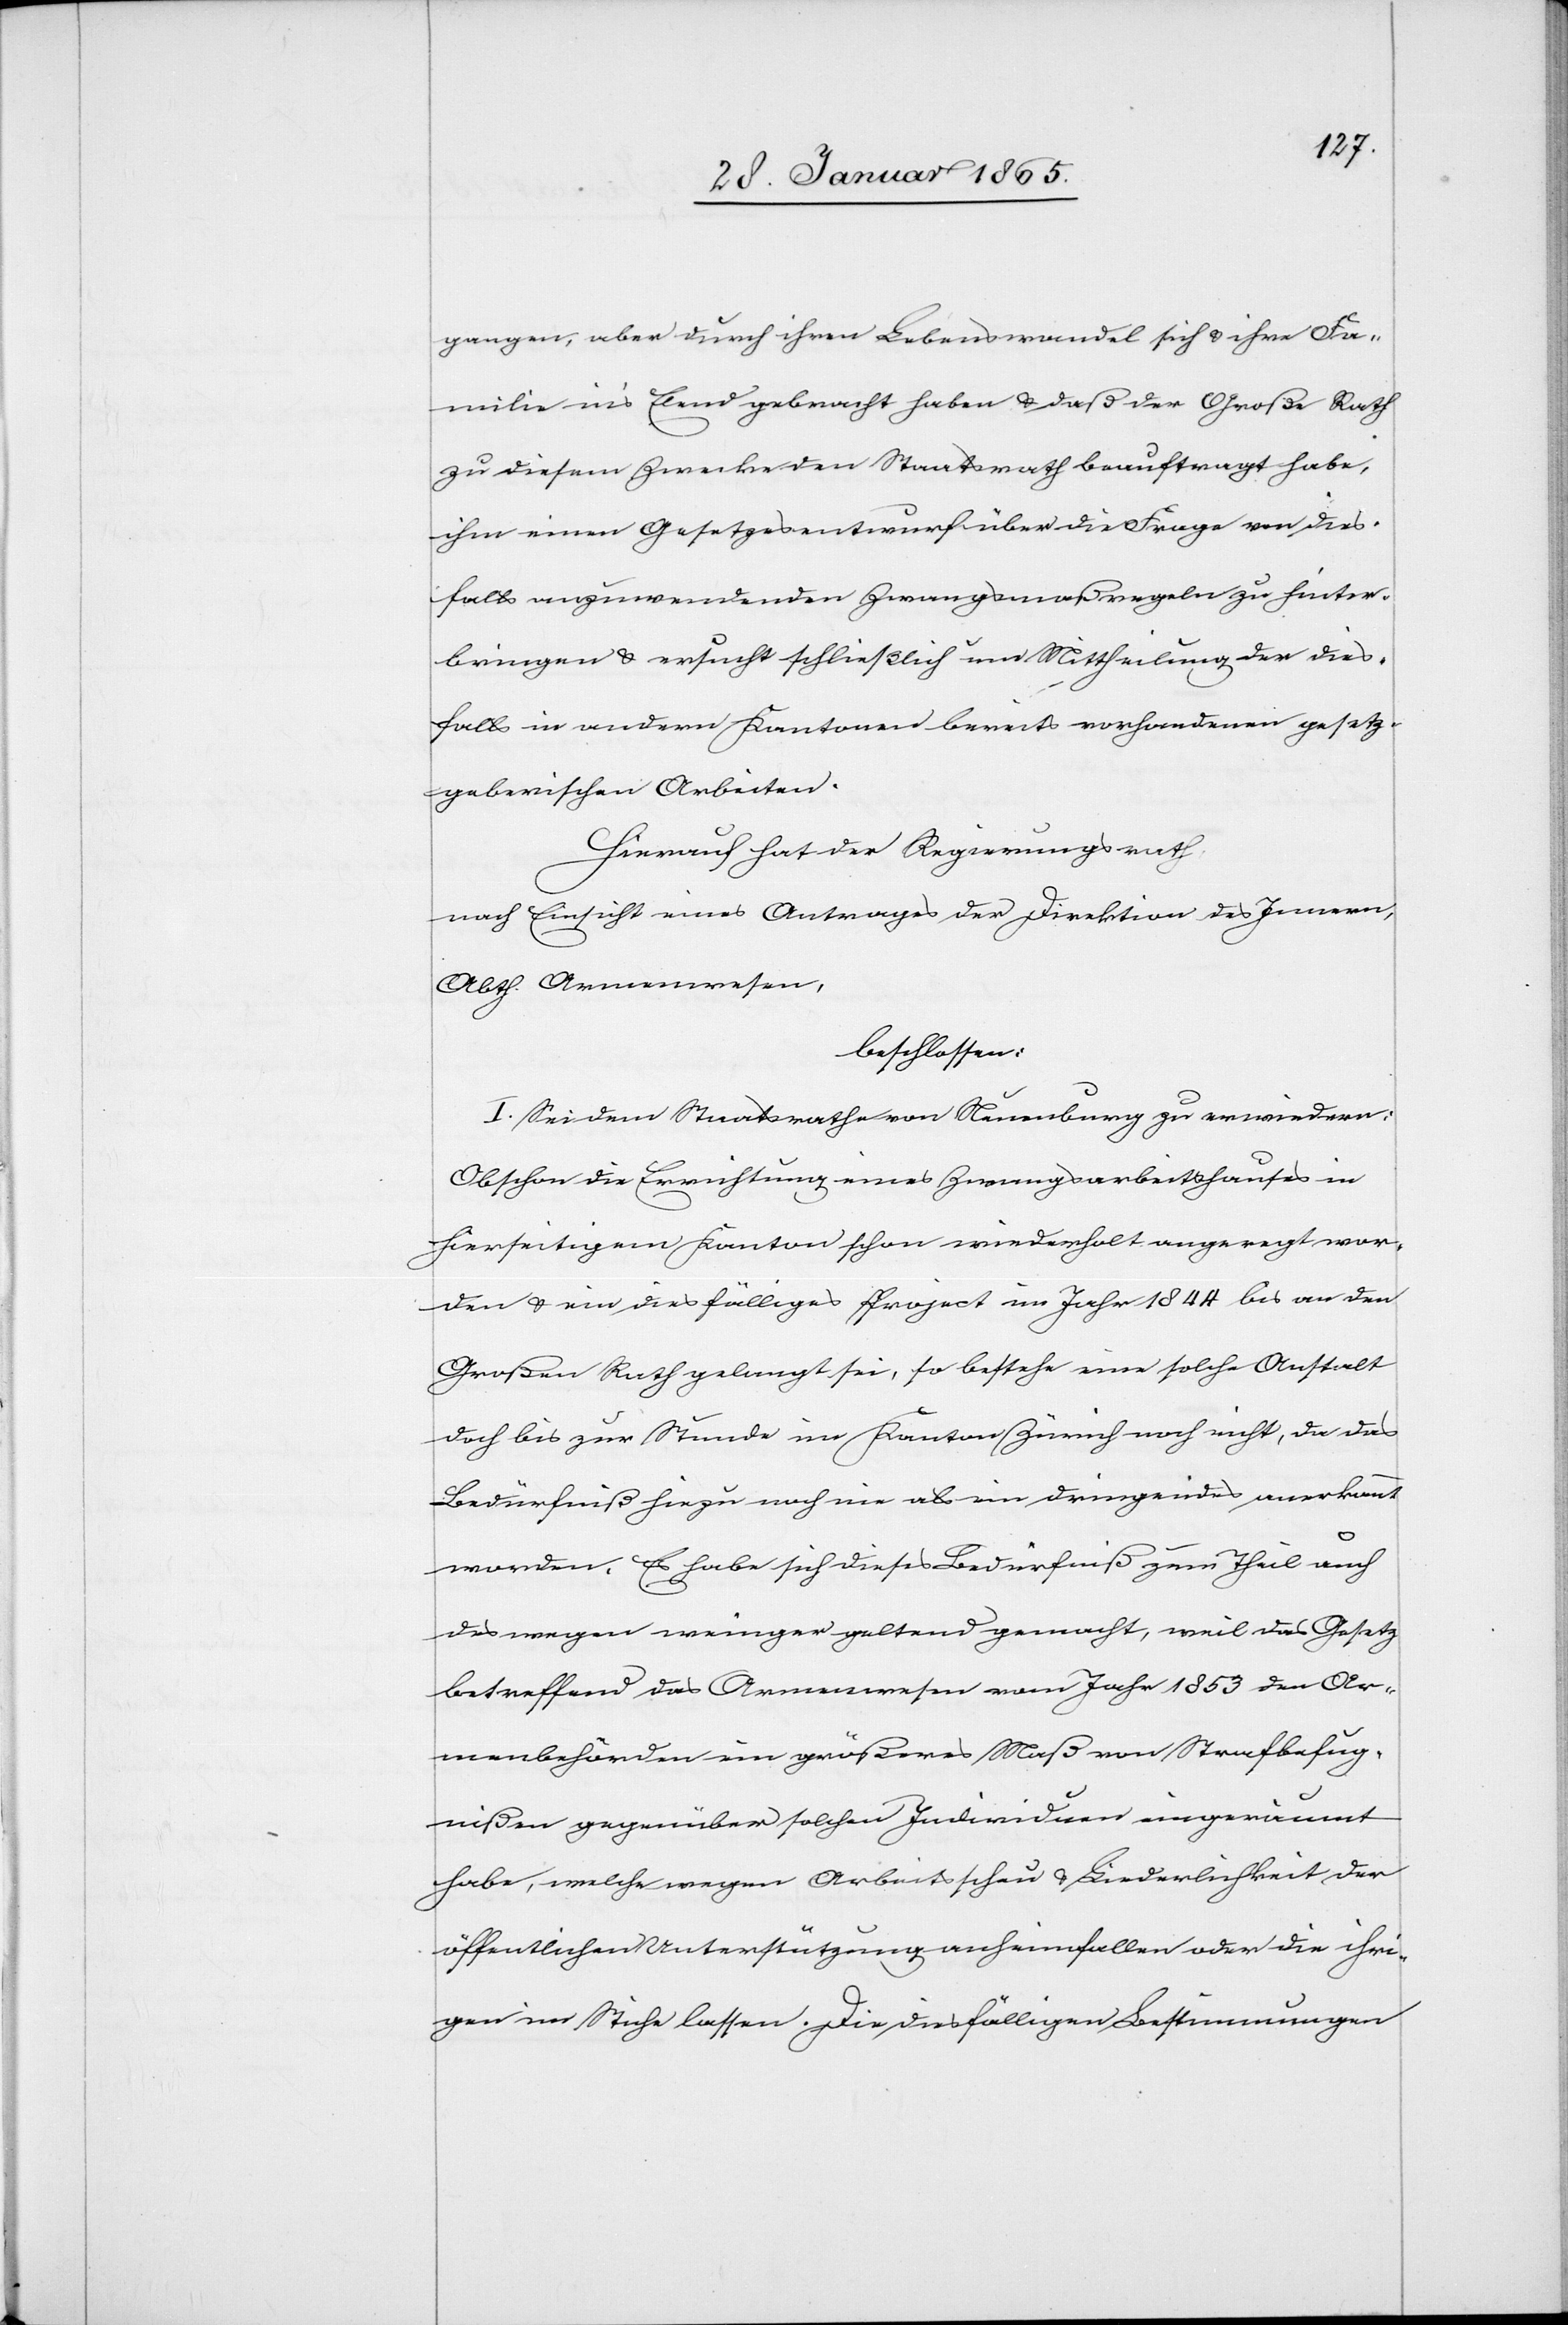
gangen, aber durch ihren Lebenswandel sich u. ihre Fa¬
milie in’s Elend gebracht haben u. daß der Große Rath
zu diesem Zwecke den Staatsrath beauftragt habe,
ihm einen Gesetzesentwurf über die Frage von dies¬
falls anzuwendenden Zwangsmaßregeln zu hinter¬
bringen u. ersucht schließlich um Mittheilung der dies¬
falls in andern Kantonen bereits vorhandenen gesetz¬
geberischen Arbeiten.
Hierauf hat der Regierungsrath
nach Einsicht eines Antrages des Direktion des Innern,
Abth. Armenwesen,
beschlossen:
I. Sei dem Staatsrathe von Neuenburg zu erwiedern:
Obschon die Errichtung eines Zwangsarbeitshauses in
hierseitigem Kanton schon wiederholt angeregt wor¬
den u. ein diesfälliges Project im Jahr 1844 bis an den
Großen Rath gelangt sei, so bestehe eine solche Anstalt
doch bis zur Stunde im Kanton Zürich noch nicht, da das
Bedürfniß hiezu noch nie als ein dringendes anerkannt
worden. Es habe sich dieses Bedürfniß zum Theil auch
deswegen weniger geltend gemacht, weil das Gesetz
betreffend das Armenwesen vom Jahr 1853 den Ar¬
menbehörden ein größeres Maß von Strafbefug¬
nißen gegenüber solchen Individuen eingeräumt
habe, welche wegen Arbeitsscheu u. Liederlichkeit der
öffentlichen Unterstützung anheimfallen oder die ihri¬
gen im Stiche lassen. Die diesfälligen Bestimmungen